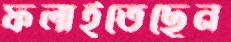
ফলাইতেছেন